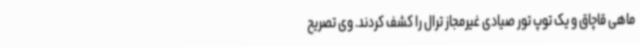
ماهی قاچاق و یک توپ تور صیادی غیرمجاز ترال را کشف کردند. وی تصریح